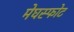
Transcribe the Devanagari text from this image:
मेघस्फोट